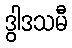
ဒွါဒသမီ